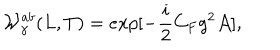
LaTeX: { \cal W } _ { \gamma } ^ { a b } ( L , T ) = e x p [ - { \frac { i } { 2 } } C _ { F } g ^ { 2 } { \cal A } ] ,